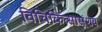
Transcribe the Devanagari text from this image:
विचिकित्सासंशय